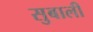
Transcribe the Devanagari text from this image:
सुबाली